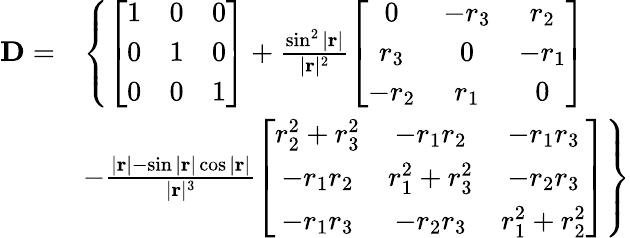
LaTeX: \begin{array}{rl}{\mathbf{D}=}&{\left\{ \left[\begin{array}{lll}{1}&{0}&{0}\\ {0}&{1}&{0}\\ {0}&{0}&{1}\end{array}\right]+\frac{\sin^{2}|\mathbf{r}|}{|\mathbf{r}|^{2}}\left[\begin{array}{ccc}{0}&{-r_{3}}&{r_{2}}\\ {r_{3}}&{0}&{-r_{1}}\\ {-r_{2}}&{r_{1}}&{0}\end{array}\right]\right.}\\ &{\left.-\frac{|\mathbf{r}|-\sin|\mathbf{r}|\cos|\mathbf{r}|}{|\mathbf{r}|^{3}}\left[\begin{array}{ccc}{r_{2}^{2}+r_{3}^{2}}&{-r_{1}r_{2}}&{-r_{1}r_{3}}\\ {-r_{1}r_{2}}&{r_{1}^{2}+r_{3}^{2}}&{-r_{2}r_{3}}\\ {-r_{1}r_{3}}&{-r_{2}r_{3}}&{r_{1}^{2}+r_{2}^{2}}\end{array}\right]\right\} }\end{array}